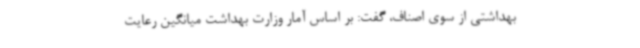
بهداشتی از سوی اصناف، گفت: بر اساس آمار وزارت بهداشت میانگین رعایت